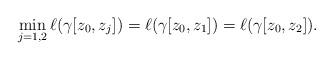
LaTeX: \begin{align*}\min_{j=1,2} \ell(\gamma[z_0,z_j])=\ell(\gamma[z_0,z_1])=\ell(\gamma[z_0,z_2]).\end{align*}